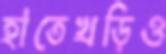
হাতেখড়িও